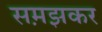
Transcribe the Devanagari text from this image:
सम़झकर